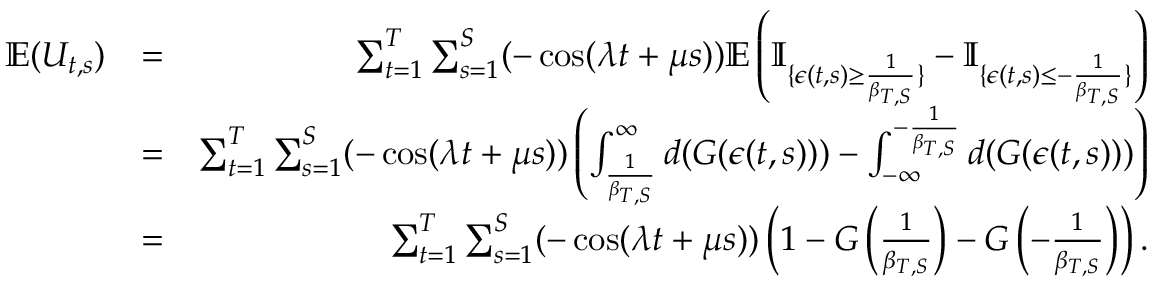
\begin{array} { r l r } { \mathbb { E } ( U _ { t , s } ) } & { = } & { \sum _ { t = 1 } ^ { T } \sum _ { s = 1 } ^ { S } ( - \cos ( \lambda t + \mu s ) ) \mathbb { E } \left( \mathbb { I } _ { \{ \epsilon ( t , s ) \geq \frac { 1 } { \beta _ { T , S } } \} } - \mathbb { I } _ { \{ \epsilon ( t , s ) \leq - \frac { 1 } { \beta _ { T , S } } \} } \right) } \\ & { = } & { \sum _ { t = 1 } ^ { T } \sum _ { s = 1 } ^ { S } ( - \cos ( \lambda t + \mu s ) ) \left( \int _ { \frac { 1 } { \beta _ { T , S } } } ^ { \infty } d ( G ( \epsilon ( t , s ) ) ) - \int _ { - \infty } ^ { - \frac { 1 } { \beta _ { T , S } } } d ( G ( \epsilon ( t , s ) ) ) \right) } \\ & { = } & { \sum _ { t = 1 } ^ { T } \sum _ { s = 1 } ^ { S } ( - \cos ( \lambda t + \mu s ) ) \left( 1 - G \left( \frac { 1 } { \beta _ { T , S } } \right) - G \left( - \frac { 1 } { \beta _ { T , S } } \right) \right) . } \end{array}